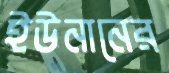
ইউনানের